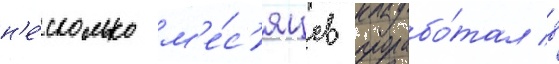
н'е́сколько м'е́с'яцев прорабо́тал в